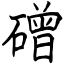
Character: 磳